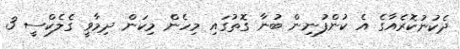
ދެކުނުކޮރެއާގެ އެ ކުންފުނިން ބުނާ ގޮތުގައި މިހެން މިކަން ދިމާވީ ގެލެކްސީ 3